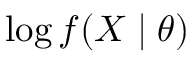
\log f ( X \mid \theta )